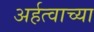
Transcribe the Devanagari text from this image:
अर्हत्वाच्या